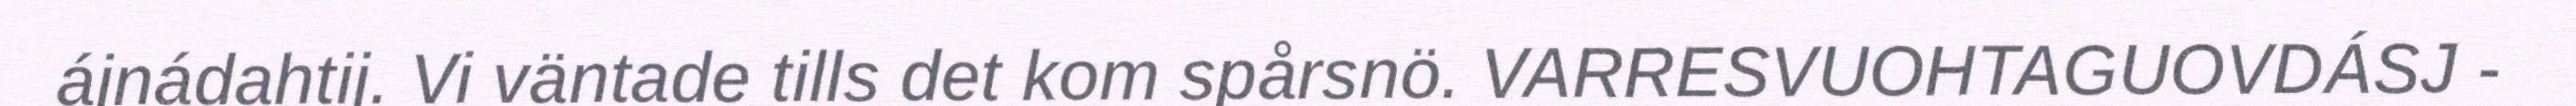
ájnádahtij. Vi väntade tills det kom spårsnö. VARRESVUOHTAGUOVDÁSJ -